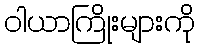
ဝါယာကြိုးများကို